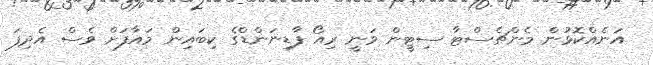
އަނެއްކޮޅުން މެންޗެސްޓާ ސިޓީން ވަނީ ރިއޯ ފާޑިނަންޑްގެ ކިބައިން މައާފަށް ވެސް އެދިފަ